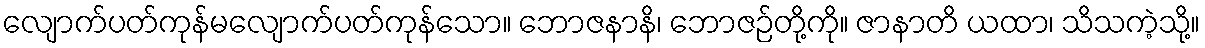
လျောက်ပတ်ကုန်မလျောက်ပတ်ကုန်သော။ ဘောဇနာနိ၊ ဘောဇဉ်တို့ကို။ ဇာနာတိ ယထာ၊ သိသကဲ့သို့။